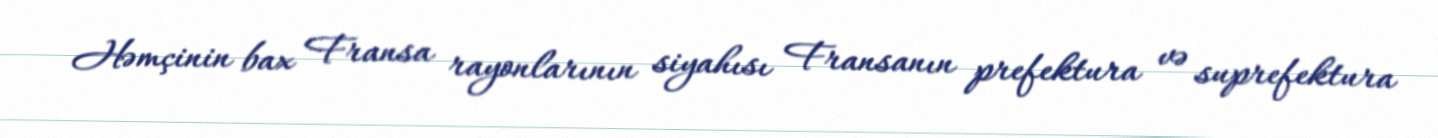
Həmçinin bax Fransa rayonlarının siyahısı Fransanın prefektura və suprefektura